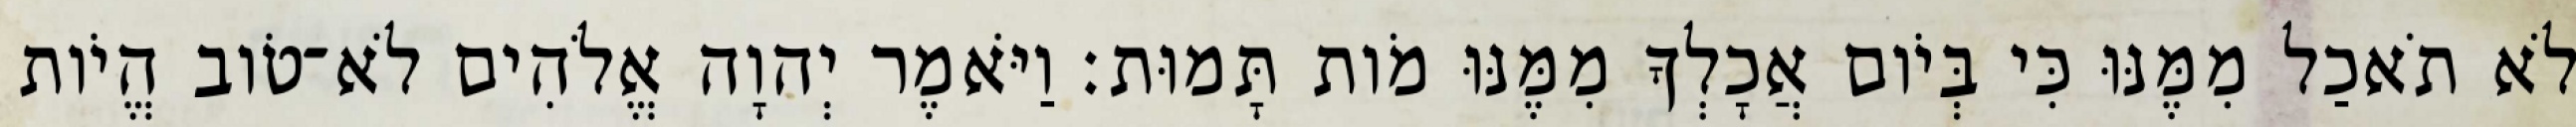
לֹא תֹאכַל מִמֶּנּוּ כִּי בְּיֹום אֲכָלְךָ מִמֶּנּוּ מֹות תָּמוּת׃ וַיֹּאמֶר יְהוָה אֱלֹהִים לֹא־טֹוב הֱיֹות